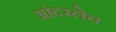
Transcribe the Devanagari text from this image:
आंदरलेच